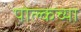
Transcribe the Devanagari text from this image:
पोल्कच्या